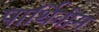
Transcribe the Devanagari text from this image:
पार्थिवीम